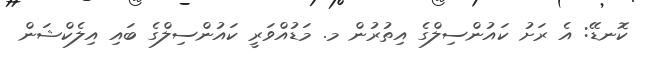
ކޮނޑޭ: އެ ރަށު ކައުންސިލްގެ އިތުރުން މ. މަޑުއްވަރީ ކައުންސިލްގެ ބައި އިލެކްޝަން